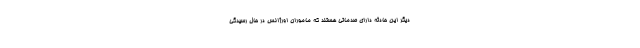
دیگر این حادثه دارای صدماتی هستند که ماموران اورژانس در حال رسیدگی